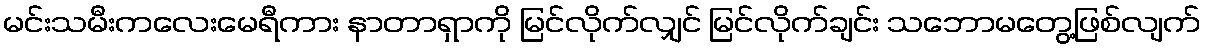
မင်းသမီးကလေးမေရီကား နာတာရှာကို မြင်လိုက်လျှင် မြင်လိုက်ချင်း သဘောမတွေ့ဖြစ်လျက်